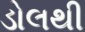
ડોલથી